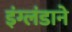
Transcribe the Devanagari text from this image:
इंग्लंडाने